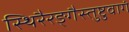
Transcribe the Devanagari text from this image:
स्थिरैरङ्गैस्तुष्टुवागं